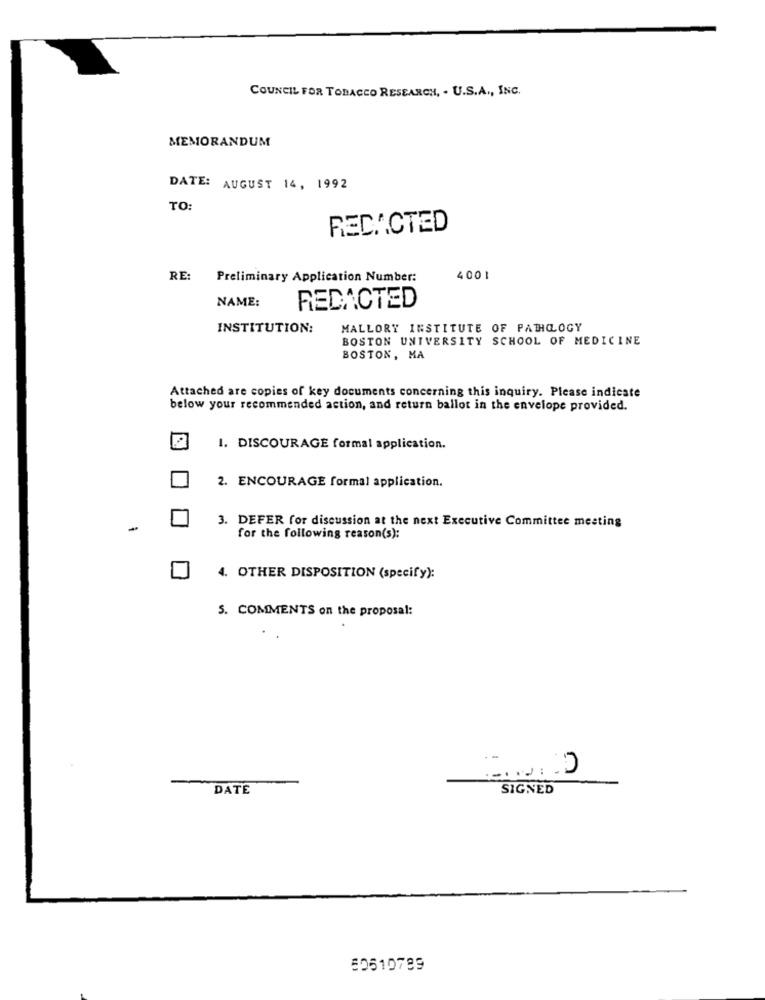
COUNCIL FOR TOBACCO RESEARCH, . U.S.A ., INC.
MEMORANDUM
DATE: AUGUST 14, 1992
TO:
RED .. CTED
RE:
Preliminary Application Number:
4001
NAME:
REDACTED
INSTITUTION:
MALLORY INSTITUTE OF PATHOLOGY
BOSTON UNIVERSITY SCHOOL OF MEDICINE
BOSTON, MA
Attached are copies of key documents concerning this inquiry. Please indicate
below your recommended action, and return ballot in the envelope provided.
1. DISCOURAGE formal application.
2. ENCOURAGE formal application.
3. DEFER for discussion at the next Executive Committee meeting
for the following reason(s):
4. OTHER DISPOSITION (specify):
5. COMMENTS on the proposal:
.-
n
DATE
SIGNED
50510799